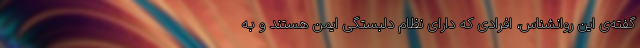
گفته‌ی این روانشناس، افرادی که دارای نظام دلبستگی ایمن هستند و به